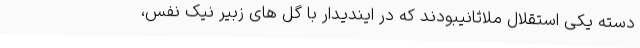
دسته یکی استقلال ملاثانیبودند که در ایندیدار با گل های زبیر نیک نفس،